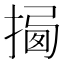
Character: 𢰕